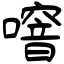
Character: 噾